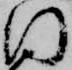
同